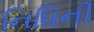
નિધિની